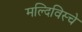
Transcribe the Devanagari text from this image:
मल्दिविस्चे